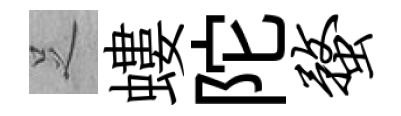
𠯁螻陀蝥